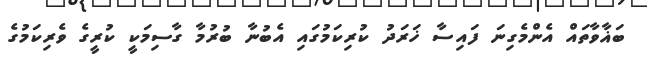
ބަޣާވާތައް އެންމެގިނަ ފައިސާ ޚަރަދު ކުރިކަމުގައި އެބުނާ ބުރުމާ ގާސިމަކީ ކުރީގެ ވެރިކަމުގެ